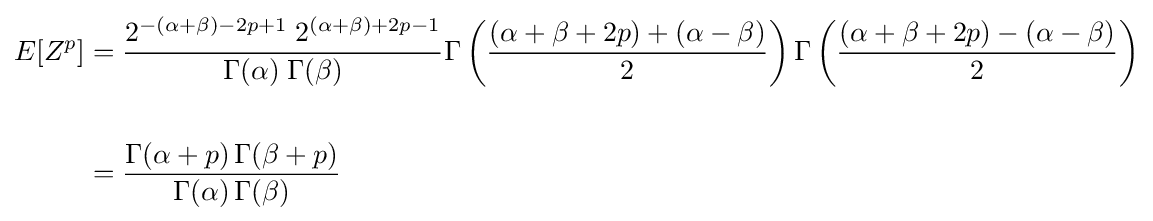
{\begin{aligned}E[Z^{p}]&={\frac {2^{-(\alpha +\beta )-2p+1}\;2^{(\alpha +\beta )+2p-1}}{\Gamma (\alpha )\;\Gamma (\beta )}}\Gamma \left({\frac {(\alpha +\beta +2p)+(\alpha -\beta )}{2}}\right)\Gamma \left({\frac {(\alpha +\beta +2p)-(\alpha -\beta )}{2}}\right)\\\\&={\frac {\Gamma (\alpha +p)\,\Gamma (\beta +p)}{\Gamma (\alpha )\,\Gamma (\beta )}}\end{aligned}}